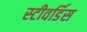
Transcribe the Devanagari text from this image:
स्‍टीवर्डिस